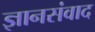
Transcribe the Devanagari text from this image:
ज्ञानसंवाद